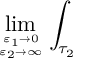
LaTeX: \operatorname * { l i m } _ { { \varepsilon _ { 1 } \to 0 } \atop { \varepsilon _ { 2 } \to \infty } } \int _ { \tau _ { 2 } }